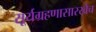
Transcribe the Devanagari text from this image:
सूर्यग्रहणासारखेच